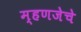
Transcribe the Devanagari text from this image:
म्हणजेचे